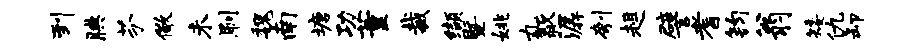
到腆芬儆未刷魏南塘功董裁缬暨姚丸歙潺刳趄譬耆钧翁矮仇卸